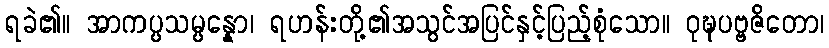
ရခဲ၏။ အာကပ္ပသမ္ပန္နော၊ ရဟန်းတို့၏အသွင်အပြင်နှင့်ပြည့်စုံသော။ ဝုဍ္ဎပဗ္ဗဇိတော၊